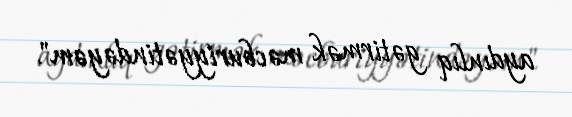
aydınlıq gətirmək məcburiyyətindəyəm".